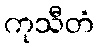
ကုသီတံ